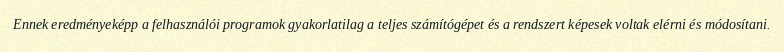
Ennek eredményeképp a felhasználói programok gyakorlatilag a teljes számítógépet és a rendszert képesek voltak elérni és módosítani.